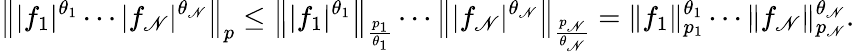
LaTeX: \left\| |f_{1}|^{\theta_{1}}\cdots|f_{\mathscr{N}}|^{\theta_{\mathscr{N}}}\right\| _{p}\leq\left\| |f_{1}|^{\theta_{1}}\right\| _{\frac{{p_{1}}}{{\theta_{1}}}}\cdots\left\| |f_{\mathscr{N}}|^{\theta_{\mathscr{N}}}\right\| _{\frac{{p_{\mathscr{N}}}}{{\theta_{\mathscr{N}}}}}=\| f_{1}\| _{p_{1}}^{\theta_{1}}\cdots\| f_{\mathscr{N}}\| _{p_{\mathscr{N}}}^{\theta_{\mathscr{N}}}.